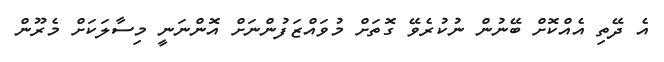
އެ ދޭތި އެއްކޮށް ބޭނުން ނުކުރެވޭ ގޮތަށް މުވައްޒަފުންނަށް އޮންނަނީ މިސާލަކަށް މެރޫން